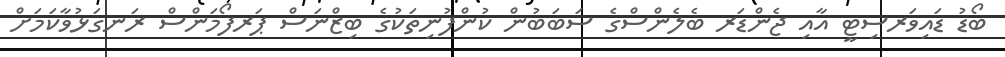
ބޯޑު ޑައިވަރސިޓީ އާއި ޖެންޑަރ ބެލެންސްގެ ސަބަބުން ކުންފުނިތަކުގެ ބިޒްނަސް ޕަރފޯމަންސް ރަނގަޅުވާކަމަށް